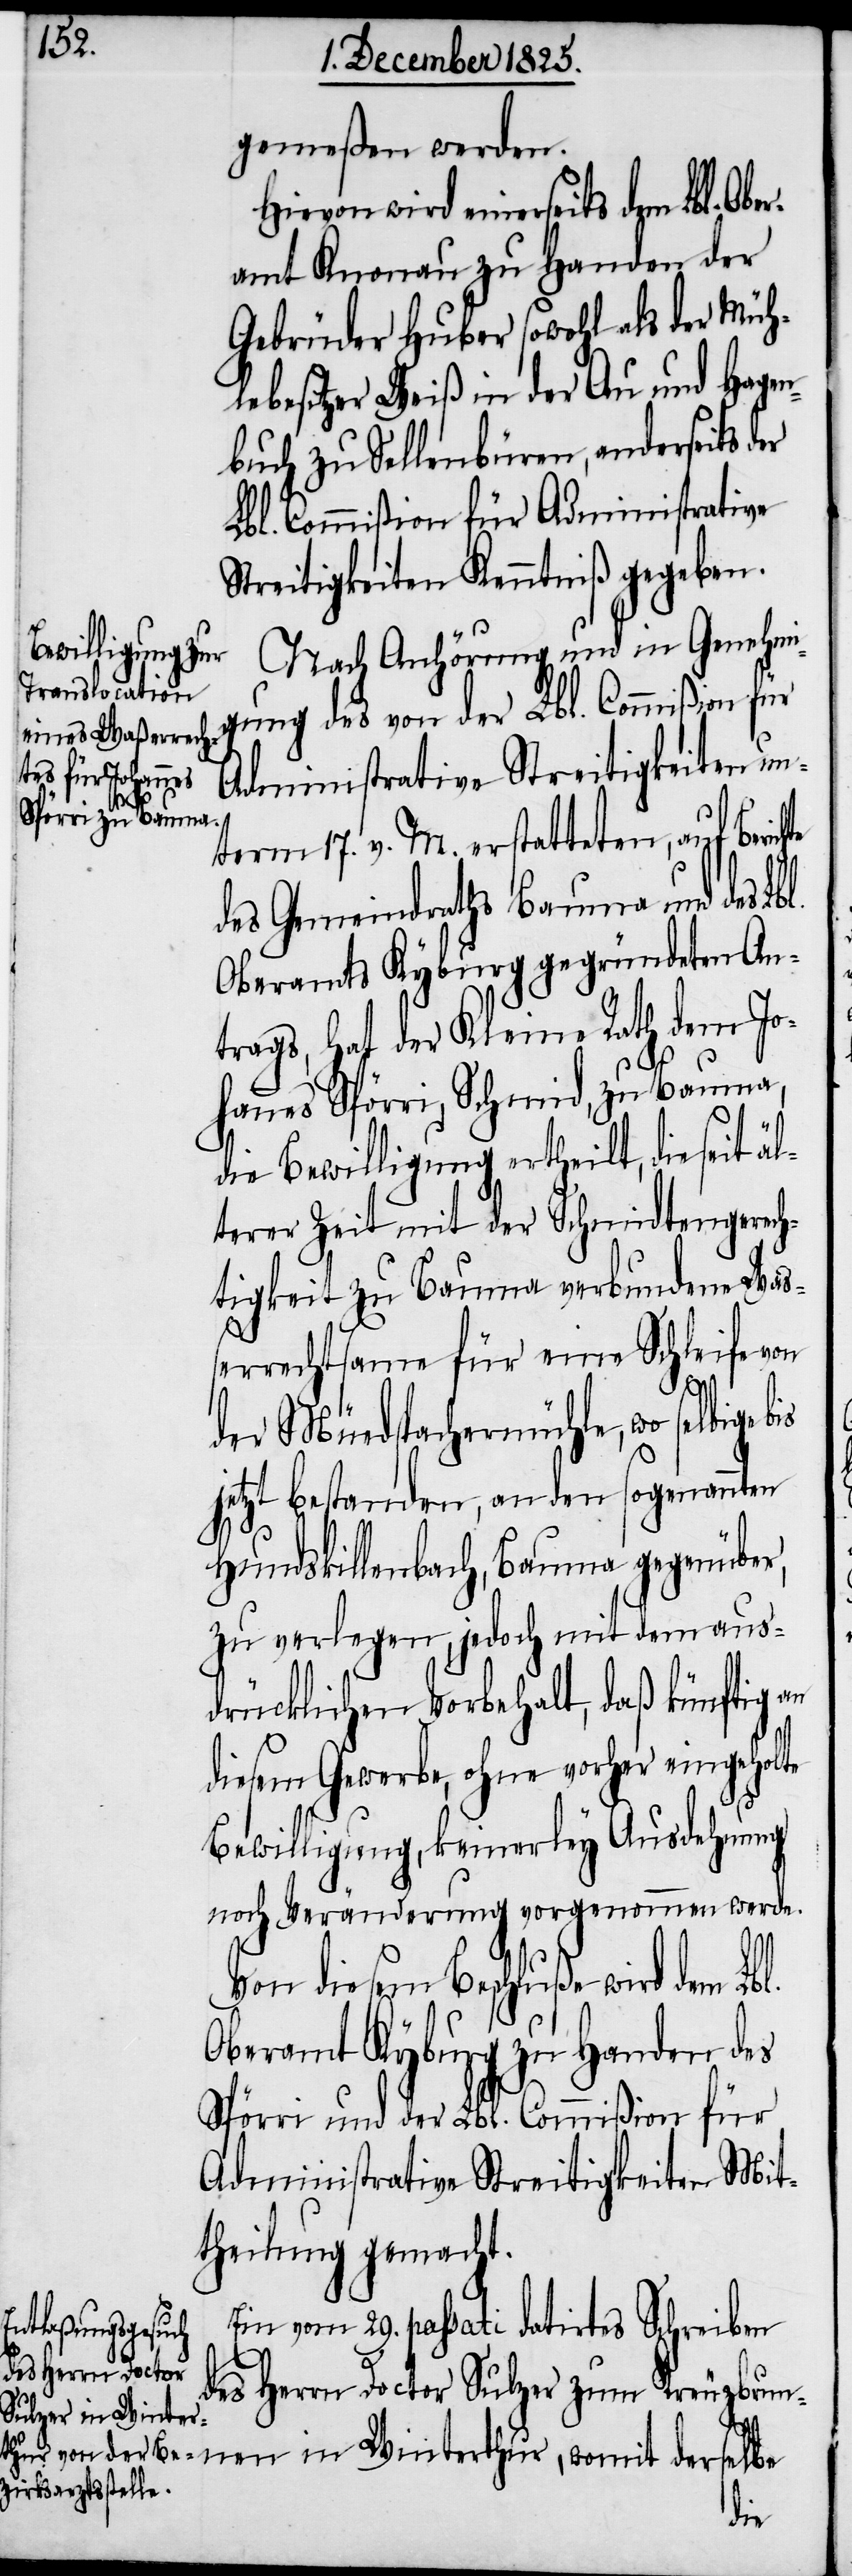
gemeßen werden.
Hievon wird einerseits dem Lbl. Obe¬
ramt Knonau zu Handen der
Gebrüder Huber sowohl als der Müh¬
lebesitzer Weiß in der Au und Hagen¬
buch zu Sellenbüren, anderseits der
Lbl. Commißion für Administrative
Streitigkeiten Kenntniß gegeben.
Nach Anhörung und in Genehmi¬
gung des von der Lbl. Commißion für
Administrative Streitigkeiten un¬
l.
term 17. v. M. erstatteten, auf Beric¬
des Gemeindraths Bauma und des Lbl.
Oberamts Kyburg gegründeten An¬
trags, hat der Kleine Rath dem Jo¬
hannes Spörri, Schmid, zu Bauma,
die Bewilligung ertheilt, die seit äl¬
terer Zeit mit der Schmidtengerech¬
tigkeit zu Bauma verbundene Waß¬
errechtsame für eine Schleife von
der Müedspachermühle, wo selbige
jetzt bestanden, an den sogenannten
Hundskillenbach, Bauma gegenüber,
zu verlegen, jedoch mit dem aus¬
drücklichen Vorbehalt, daß künftig an
diesem Gewerbe, ohne vorher eingeholte
Bewilligung, keinerley Ausdehnung
noch Veränderung vorgenommen werde.
Von diesem Beschluße wird dem Lb¬
Oberamt Kyburg zu Handen des
Spörri und der Lbl. Commißion für
Administrative Streitigkeiten Mit¬
theilung gemacht.
Ein vom 29. passati datirtes Schreiben
derselbe
des Herrn Doctor Sulzer zum Kreuzbrun¬
nen in Winter¬